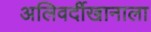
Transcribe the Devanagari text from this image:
अलिवर्दीखानाला